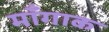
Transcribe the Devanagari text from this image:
माँगाक